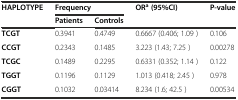
<table><thead><tr><td rowspan="2"><b>HAPLOTYPE</b></td><td colspan="2"><b>Frequency</b></td><td rowspan="2"><b>OR<sup>a</sup>(95%CI)</b></td><td rowspan="2"><b>P-value</b></td></tr><tr><td><b>Patients</b></td><td><b>Controls</b></td></tr></thead><tbody><tr><td><b>TCGT</b></td><td>0.3941</td><td>0.4749</td><td>0.6667 (0.406; 1.09 )</td><td>0.106</td></tr><tr><td><b>CCGT</b></td><td>0.2343</td><td>0.1485</td><td>3.223 (1.43; 7.25 )</td><td>0.00278</td></tr><tr><td><b>TCGC</b></td><td>0.1489</td><td>0.2295</td><td>0.6331 (0.352; 1.14 )</td><td>0.122</td></tr><tr><td><b>TGGT</b></td><td>0.1196</td><td>0.1129</td><td>1.013 (0.418; 2.45 )</td><td>0.978</td></tr><tr><td><b>CGGT</b></td><td>0.1032</td><td>0.03414</td><td>8.234 (1.6; 42.5 )</td><td>0.00534</td></tr></tbody></table>